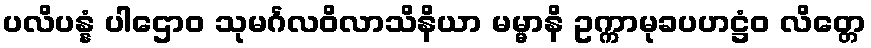
ပလိပန္နံ ပါဌောဝ သုမင်္ဂလဝိလာသိနိယာ မမ္မာနိ ဥက္ကာမုခပဟဋ္ဌံဝ လိတ္တေ